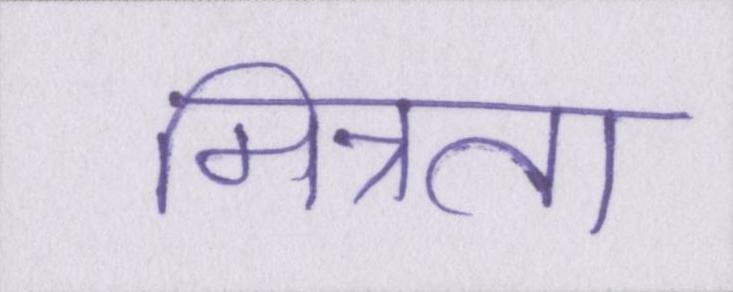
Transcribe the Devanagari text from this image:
मित्रता